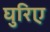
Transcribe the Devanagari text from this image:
घुरिए